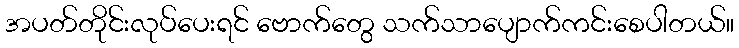
အပတ်တိုင်းလုပ်ပေးရင် ဗောက်တွေ သက်သာပျောက်ကင်းစေပါတယ်။